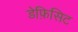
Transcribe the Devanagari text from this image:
डेफ़िसिट